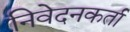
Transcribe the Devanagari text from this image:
निवेदनकर्ता